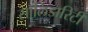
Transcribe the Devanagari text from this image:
सॉलिडारिटी